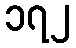
၁၇၂